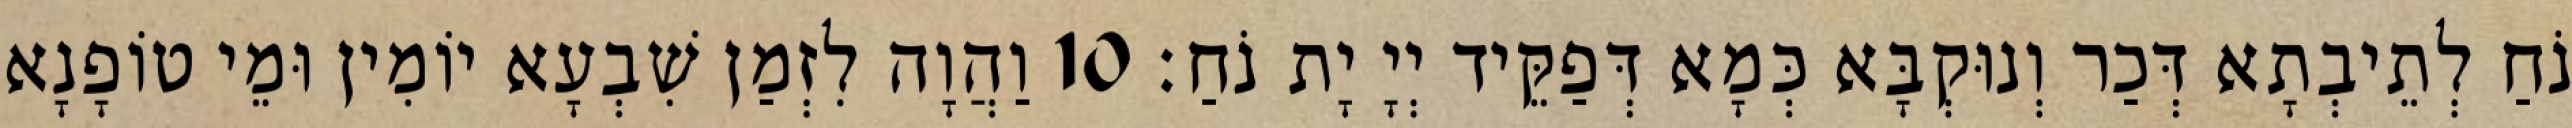
נֹחַ לְתֵיבְתָא דְּכַר וְנוּקְבָּא כְּמָא דְּפַקֵּיד יְיָ יָת נֹחַ׃ 10 וַהֲוָה לִזְמַן שִׁבְעָא יוֹמִין וּמֵי טוֹפָנָא